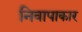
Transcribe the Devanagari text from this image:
निवापाकार